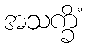
အသက္ခိံ